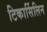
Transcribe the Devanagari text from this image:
टिकार्सिलिन